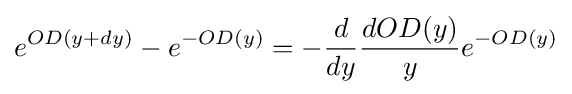
e^{OD(y+dy)}-e^{-OD(y)}=-{\frac {d}{dy}}{\frac {dOD(y)}{y}}e^{-OD(y)}